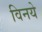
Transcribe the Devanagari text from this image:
विनये